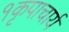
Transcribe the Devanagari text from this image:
१कृपाचार्य